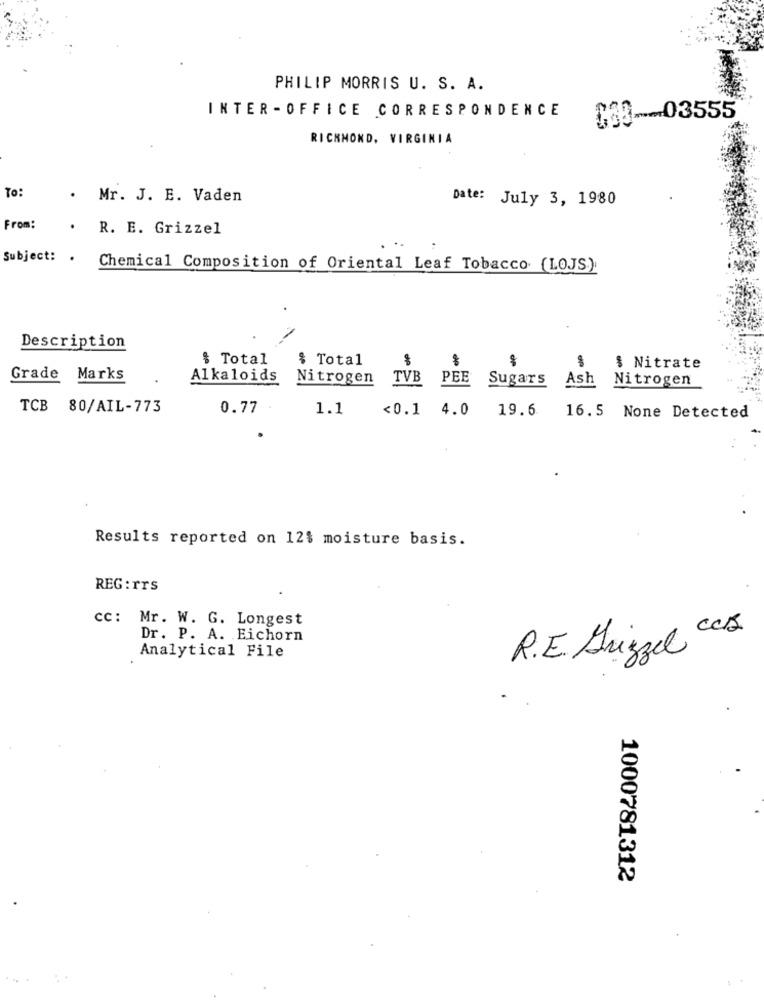
PHILIP MORRIS U. S. A.
INTER - OFFICE CORRESPONDENCE
$13-03555
RICHMOND, VIRGINIA
To:
. Mr. J. E. Vaden
Date: July 3, 1980
From:
. R. E. Grizzel
Subject: .
Chemical Composition of Oriental Leaf Tobacco (LOJS)
Description
$ Total
$ Total
$ Nitrate
Grade Marks
Alkaloids
Nitrogen
TVB
PEE
Sugars
Ash
Nitrogen
TCB 80/AIL-773
0.77
1.1
<0.1 4.0
19.6
16.5
None Detected
Results reported on 12$ moisture basis.
REG:rrs
cc: Mr. W. G. Longest
Dr. P. A. Eichorn
Analytical File
R.E. Srizzel CCD
..
1000781312